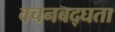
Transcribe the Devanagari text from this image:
वचनबद्घता